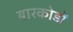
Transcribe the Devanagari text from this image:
बारकोडों